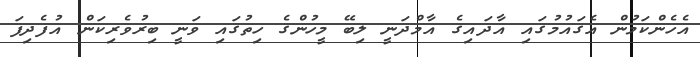
އެހެންކަމުން އެގައުމުގައި އާދައިގެ އާމްދަނީ ލިބޭ މީހުންގެ ހިތުގައި ވަނީ ބިރުވެރިކަން އުފެދިފަ